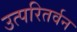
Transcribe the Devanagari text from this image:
उत्परितर्वन